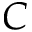
C